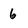
Character: 6